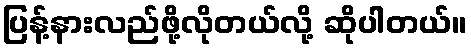
ပြန့်နားလည်ဖို့လိုတယ်လို့ ဆိုပါတယ်။